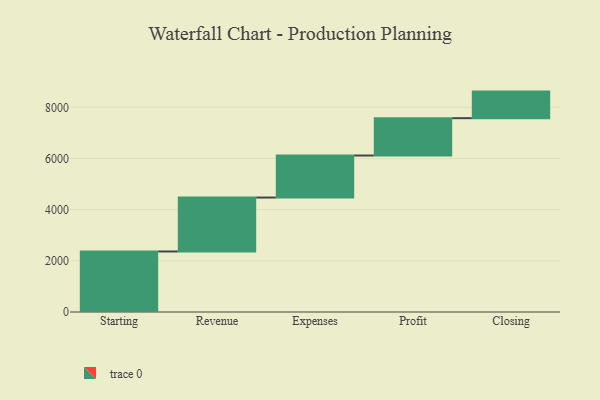
{"axis": {"x": "Step", "y": "Value"}, "legend": [""], "data": [{"x": "Starting", "y": 2366.0, "type": ""}, {"x": "Revenue", "y": 2108.0, "type": ""}, {"x": "Expenses", "y": 1643.0, "type": ""}, {"x": "Profit", "y": 1459.0, "type": ""}, {"x": "Closing", "y": 1039.0, "type": ""}]}